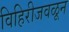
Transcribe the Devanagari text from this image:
विहिरीजवळून